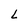
Character: L